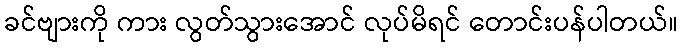
ခင်ဗျားကို ကား လွတ်သွားအောင် လုပ်မိရင် တောင်းပန်ပါတယ်။